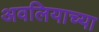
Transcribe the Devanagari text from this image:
अवलियाच्या